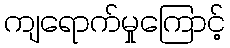
ကျရောက်မှုကြောင့်